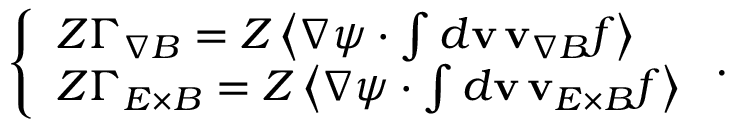
\left\{ \begin{array} { l l } { Z \Gamma _ { \nabla B } = Z \left\langle \nabla \psi \cdot \int d \mathbf { v } \, \mathbf { v } _ { \nabla B } f \right\rangle } \\ { Z \Gamma _ { E \times B } = Z \left\langle \nabla \psi \cdot \int d \mathbf { v } \, \mathbf { v } _ { E \times B } f \right\rangle } \end{array} \right. .